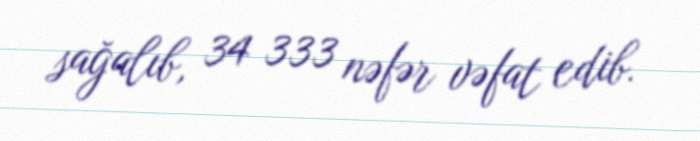
sağalıb, 34 333 nəfər vəfat edib.